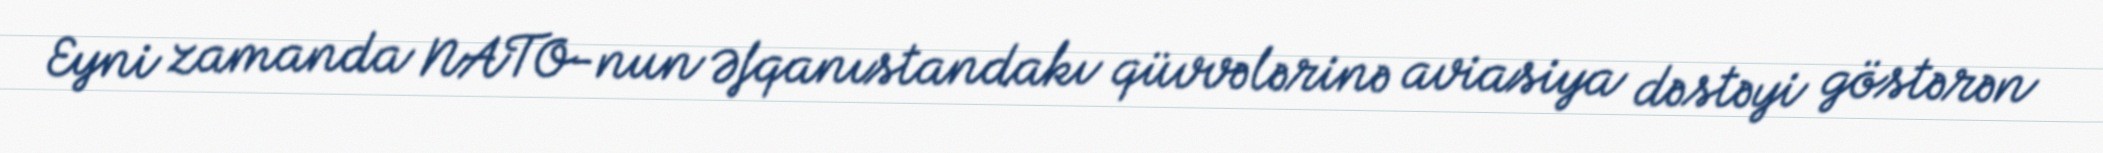
Eyni zamanda NATO-nun Əfqanıstandakı qüvvələrinə aviasiya dəstəyi göstərən